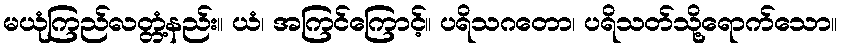
မယုံကြည်လတ္တံ့နည်း။ ယံ၊ အကြင်ကြောင့်။ ပရိသဂတော၊ ပရိသတ်သို့ရောက်သော။